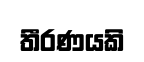
තීරණයකි